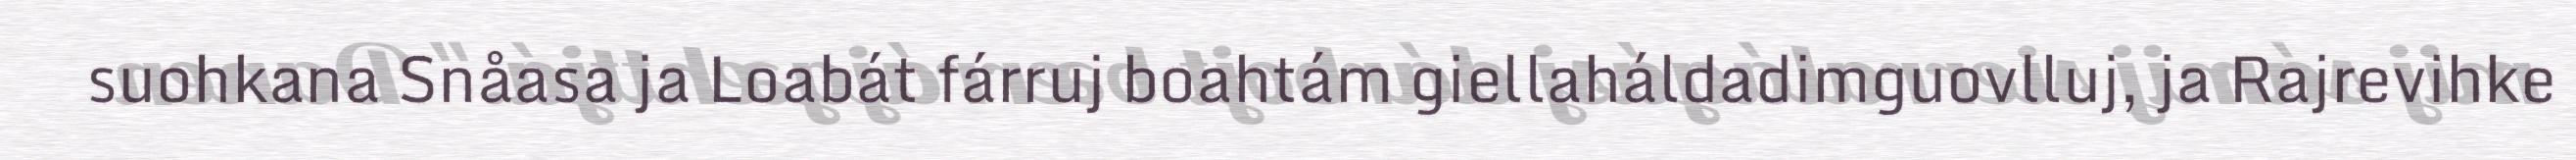
suohkana Snåasa ja Loabát fárruj boahtám giellaháldadimguovlluj, ja Rajrevihke